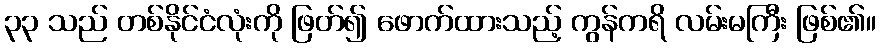
၃၃ သည် တစ်နိုင်ငံလုံးကို ဖြတ်၍ ဖောက်ထားသည့် ကွန်ကရိ လမ်းမကြီး ဖြစ်၏။